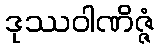
ဒုဿဝါဏိဇ္ဇံ